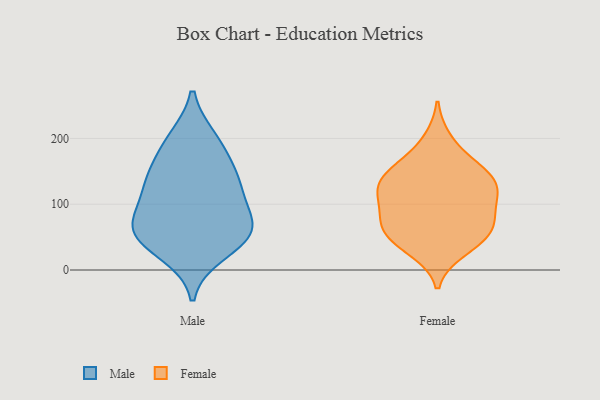
{"axis": {"x": "Headcount", "y": "Value"}, "legend": ["Female", "Male"], "data": [{"x": "", "y": 58, "type": "Male"}, {"x": "", "y": 117, "type": "Male"}, {"x": "", "y": 143, "type": "Male"}, {"x": "", "y": 27, "type": "Male"}, {"x": "", "y": 51, "type": "Male"}, {"x": "", "y": 62, "type": "Male"}, {"x": "", "y": 120, "type": "Male"}, {"x": "", "y": 198, "type": "Male"}, {"x": "", "y": 75, "type": "Male"}, {"x": "", "y": 145, "type": "Male"}, {"x": "", "y": 191, "type": "Male"}, {"x": "", "y": 59, "type": "Male"}, {"x": "", "y": 106, "type": "Female"}, {"x": "", "y": 148, "type": "Female"}, {"x": "", "y": 30, "type": "Female"}, {"x": "", "y": 71, "type": "Female"}, {"x": "", "y": 72, "type": "Female"}, {"x": "", "y": 133, "type": "Female"}, {"x": "", "y": 45, "type": "Female"}, {"x": "", "y": 198, "type": "Female"}, {"x": "", "y": 164, "type": "Female"}, {"x": "", "y": 152, "type": "Female"}, {"x": "", "y": 40, "type": "Female"}, {"x": "", "y": 65, "type": "Female"}, {"x": "", "y": 123, "type": "Female"}, {"x": "", "y": 121, "type": "Female"}, {"x": "", "y": 67, "type": "Female"}, {"x": "", "y": 127, "type": "Female"}, {"x": "", "y": 97, "type": "Female"}]}